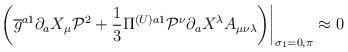
LaTeX: \begin{align*}\left.\left(\overline{g}^{a1}\partial_{a}X_{\mu}\mathcal{P}^{2}+\frac{1}{3}\Pi^{(U)a1}\mathcal{P}^{\nu}\partial_{a}X^{\lambda}A_{\mu\nu\lambda}\right)\right|_{\sigma_{1}=0,\pi}\approx0 \end{align*}